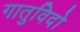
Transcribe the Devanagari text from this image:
गातुविदो